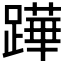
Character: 𨅯